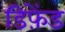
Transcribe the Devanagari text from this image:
डिफ़ेंड